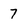
Character: 7